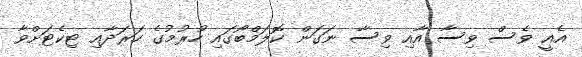
އެއީ ވެސް ވިސާ އާއި ވިސާ ނަގަން ކޮލަމްބޯގައި ހުރުމުގެ ހަރަދާއި ޓިކެޓަށްވާ